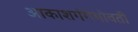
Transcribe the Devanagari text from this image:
आकाशगंगेभोवती